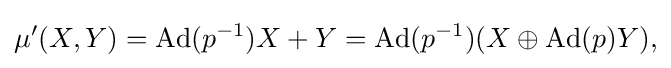
\displaystyle {\mu ^{\prime }(X,Y)=\mathrm {Ad} (p^{-1})X+Y=\mathrm {Ad} (p^{-1})(X\oplus \mathrm {Ad} (p)Y),}